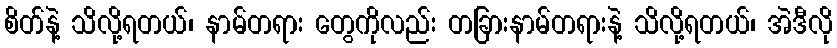
စိတ်နဲ့ သိလို့ရတယ်၊ နာမ်တရား တွေကိုလည်း တခြားနာမ်တရားနဲ့ သိလို့ရတယ်၊ အဲဒီလို